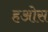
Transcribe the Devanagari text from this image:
हओस